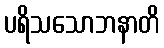
ပရိသသောဘနာတိ